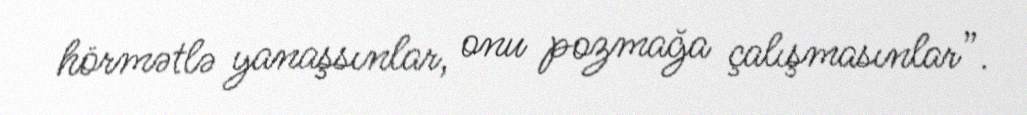
hörmətlə yanaşsınlar, onu pozmağa çalışmasınlar”.